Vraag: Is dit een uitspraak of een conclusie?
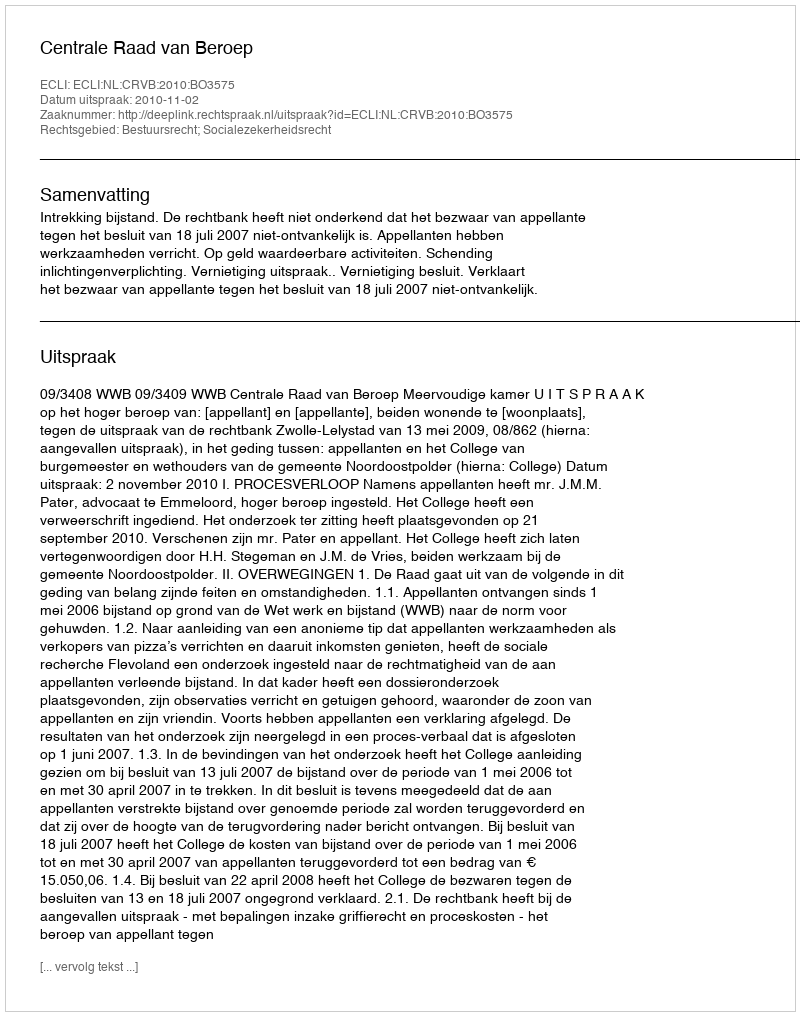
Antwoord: Uitspraak